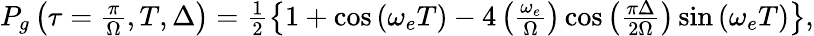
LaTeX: \begin{array}{r}{P_{g}\left(\tau=\frac{\pi}{\Omega},T,\Delta\right)=\frac{1}{2}\left\{ 1+\cos\left(\omega_{e}T\right)-4\left(\frac{\omega_{e}}{\Omega}\right)\cos\left(\frac{\pi\Delta}{2\Omega}\right)\sin\left(\omega_{e}T\right)\right\} ,}\end{array}